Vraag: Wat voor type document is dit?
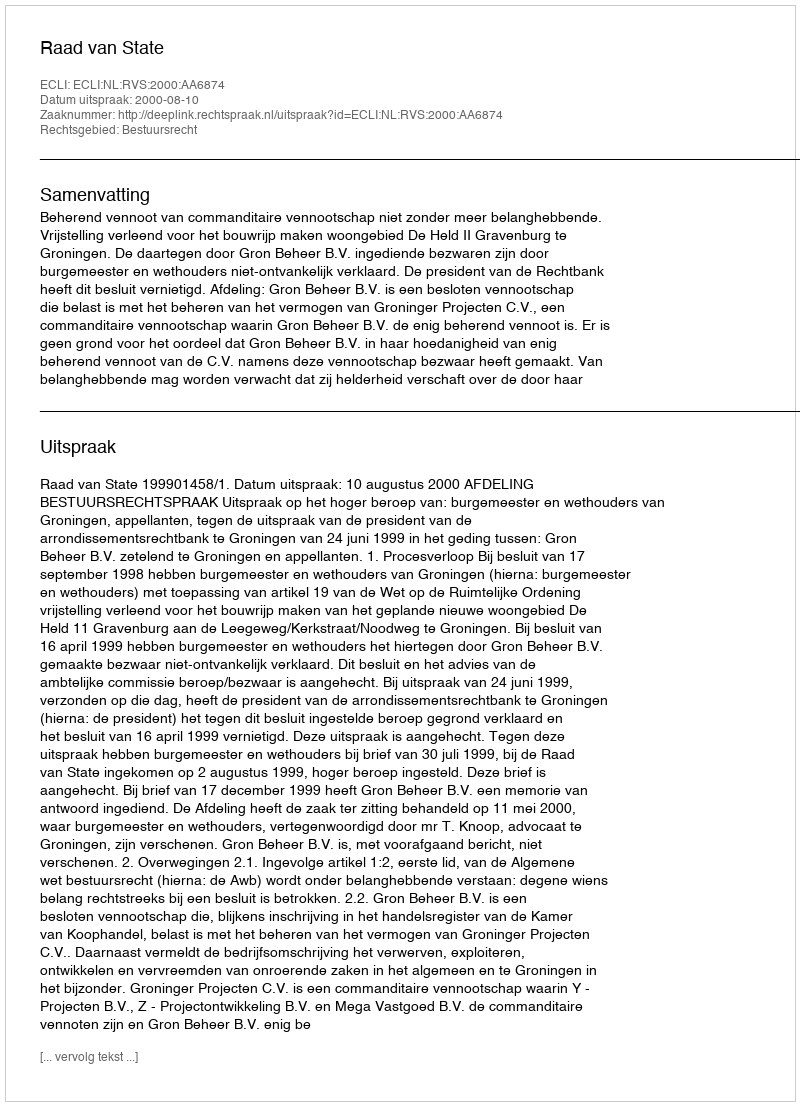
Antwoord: Uitspraak